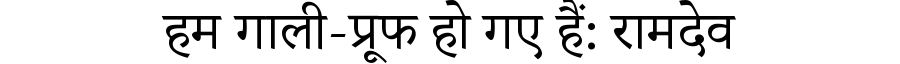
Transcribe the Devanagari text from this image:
हम गाली-प्रूफ हो गए हैं: रामदेव